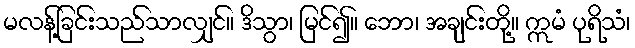
မလန့်ခြင်းသည်သာလျှင်။ ဒိသွာ၊ မြင်၍။ ဘော၊ အချင်းတို့။ ဣမံ ပုရိသံ၊